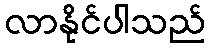
လာနိုင်ပါသည်